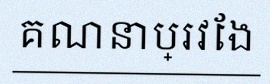
គណនាប្រវែង